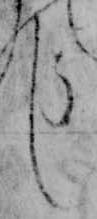
し